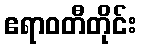
ဧရာဝတီတိုင်း